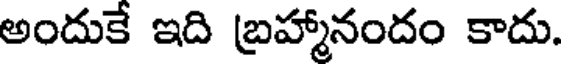
అందుకే ఇది బ్రహ్మానందం కాదు.